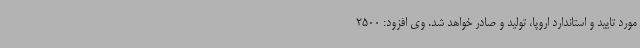
مورد تایید و استاندارد اروپا، تولید و صادر خواهد شد. وی افزود: 2500